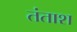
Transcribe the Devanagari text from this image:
तंताश